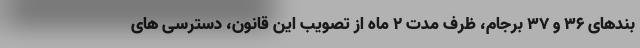
بندهای ۳۶ و ۳۷ برجام، ظرف مدت ۲ ماه از تصویب این قانون، دسترسی های